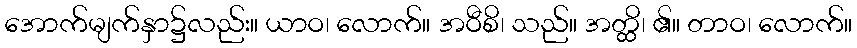
အောက်မျက်နှာ၌လည်း။ ယာဝ၊ လောက်။ အဝီစိ၊ သည်။ အတ္ထိ၊ ၏။ တာဝ၊ လောက်။